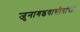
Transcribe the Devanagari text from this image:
जुनागडवासीयांची